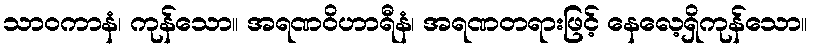
သာဝကာနံ၊ ကုန်သော။ အရဏဝိဟာရီနံ၊ အရဏတရားဖြင့် နေလေ့ရှိကုန်သော။